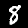
Digit: 8